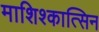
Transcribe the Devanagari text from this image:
माशिश्कात्सिन